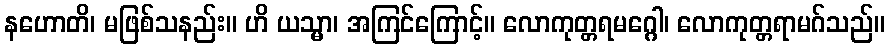
နဟောတိ၊ မဖြစ်သနည်း။ ဟိ ယသ္မာ၊ အကြင်ကြောင့်။ လောကုတ္တရမဂ္ဂေါ၊ လောကုတ္တရာမဂ်သည်။